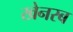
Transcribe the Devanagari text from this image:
खेनरब